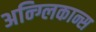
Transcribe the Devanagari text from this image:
अन्ग्लिकान्स